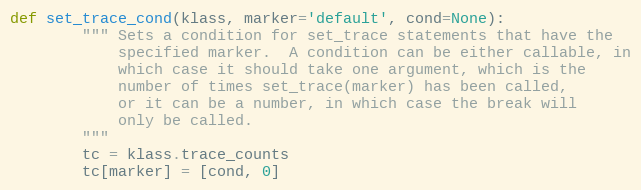
Language: Python
def set_trace_cond(klass, marker='default', cond=None):
        """ Sets a condition for set_trace statements that have the
            specified marker.  A condition can be either callable, in
            which case it should take one argument, which is the
            number of times set_trace(marker) has been called,
            or it can be a number, in which case the break will
            only be called.
        """
        tc = klass.trace_counts
        tc[marker] = [cond, 0]